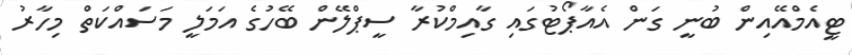
ޓީއެމްއޭއިން ބުނީ ގަން އެއާޕޯޓުގައި ގާއިމްކުރާ ސީޕްލޭން ބޭހުގެ އަމަލީ މަސައްކަތް މިހާރު